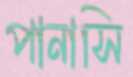
পানাসি